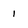
Character: 1